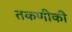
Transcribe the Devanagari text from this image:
तकणीकी